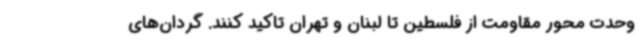
وحدت محور مقاومت از فلسطین تا لبنان و تهران تاکید کنند. گردان‌های